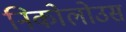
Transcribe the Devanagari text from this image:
निकोलोउस